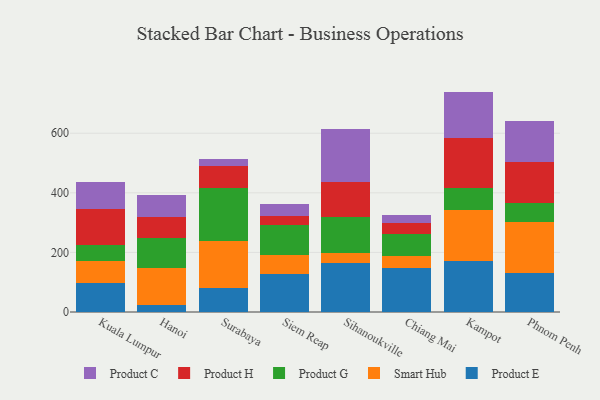
{"axis": {"x": "City", "y": "LTV (USD)"}, "legend": ["Product C", "Product E", "Product G", "Product H", "Smart Hub"], "data": [{"x": "Kuala Lumpur", "y": 95.8, "type": "Product E"}, {"x": "Kuala Lumpur", "y": 75.4, "type": "Smart Hub"}, {"x": "Kuala Lumpur", "y": 55.1, "type": "Product G"}, {"x": "Kuala Lumpur", "y": 118.0, "type": "Product H"}, {"x": "Kuala Lumpur", "y": 93.3, "type": "Product C"}, {"x": "Hanoi", "y": 22.5, "type": "Product E"}, {"x": "Hanoi", "y": 125.4, "type": "Smart Hub"}, {"x": "Hanoi", "y": 98.8, "type": "Product G"}, {"x": "Hanoi", "y": 70.9, "type": "Product H"}, {"x": "Hanoi", "y": 75.0, "type": "Product C"}, {"x": "Surabaya", "y": 80.5, "type": "Product E"}, {"x": "Surabaya", "y": 158.4, "type": "Smart Hub"}, {"x": "Surabaya", "y": 178.7, "type": "Product G"}, {"x": "Surabaya", "y": 73.5, "type": "Product H"}, {"x": "Surabaya", "y": 23.9, "type": "Product C"}, {"x": "Siem Reap", "y": 127.6, "type": "Product E"}, {"x": "Siem Reap", "y": 63.7, "type": "Smart Hub"}, {"x": "Siem Reap", "y": 99.5, "type": "Product G"}, {"x": "Siem Reap", "y": 30.0, "type": "Product H"}, {"x": "Siem Reap", "y": 40.7, "type": "Product C"}, {"x": "Sihanoukville", "y": 162.9, "type": "Product E"}, {"x": "Sihanoukville", "y": 36.3, "type": "Smart Hub"}, {"x": "Sihanoukville", "y": 120.8, "type": "Product G"}, {"x": "Sihanoukville", "y": 117.1, "type": "Product H"}, {"x": "Sihanoukville", "y": 176.0, "type": "Product C"}, {"x": "Chiang Mai", "y": 148.7, "type": "Product E"}, {"x": "Chiang Mai", "y": 39.7, "type": "Smart Hub"}, {"x": "Chiang Mai", "y": 74.6, "type": "Product G"}, {"x": "Chiang Mai", "y": 37.0, "type": "Product H"}, {"x": "Chiang Mai", "y": 26.1, "type": "Product C"}, {"x": "Kampot", "y": 170.7, "type": "Product E"}, {"x": "Kampot", "y": 170.4, "type": "Smart Hub"}, {"x": "Kampot", "y": 75.8, "type": "Product G"}, {"x": "Kampot", "y": 168.0, "type": "Product H"}, {"x": "Kampot", "y": 154.8, "type": "Product C"}, {"x": "Phnom Penh", "y": 132.4, "type": "Product E"}, {"x": "Phnom Penh", "y": 168.7, "type": "Smart Hub"}, {"x": "Phnom Penh", "y": 63.3, "type": "Product G"}, {"x": "Phnom Penh", "y": 140.5, "type": "Product H"}, {"x": "Phnom Penh", "y": 135.2, "type": "Product C"}]}